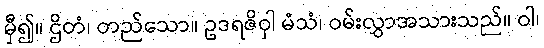
မှီ၍။ ဌိတံ၊ တည်သော။ ဥဒရဇိဝှါ မံသံ၊ ဝမ်းလွှာအသားသည်။ ဝါ၊